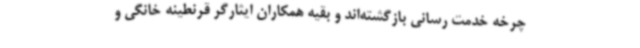
چرخه خدمت رسانی بازگشته‌اند و بقیه همکاران ایثارگر قرنطینه خانگی و